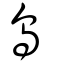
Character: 烏